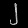
Digit: ၂